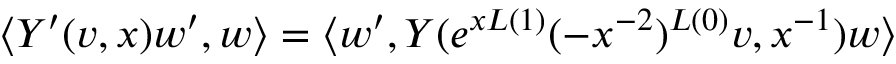
\langle Y ^ { \prime } ( v , x ) w ^ { \prime } , w \rangle = \langle w ^ { \prime } , Y ( e ^ { x L ( 1 ) } ( - x ^ { - 2 } ) ^ { L ( 0 ) } v , x ^ { - 1 } ) w \rangle